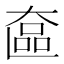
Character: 𬼵